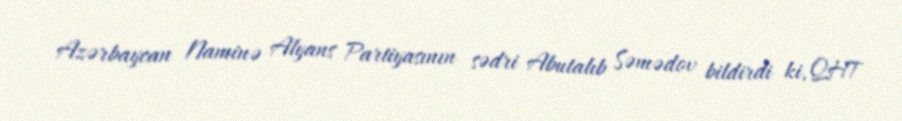
Azərbaycan Naminə Alyans Partiyasının sədri Abutalıb Səmədov bildirdi ki, QHT